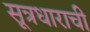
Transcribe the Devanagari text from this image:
सूत्रधाराची